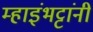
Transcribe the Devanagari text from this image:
म्हाइंभट्टांनी